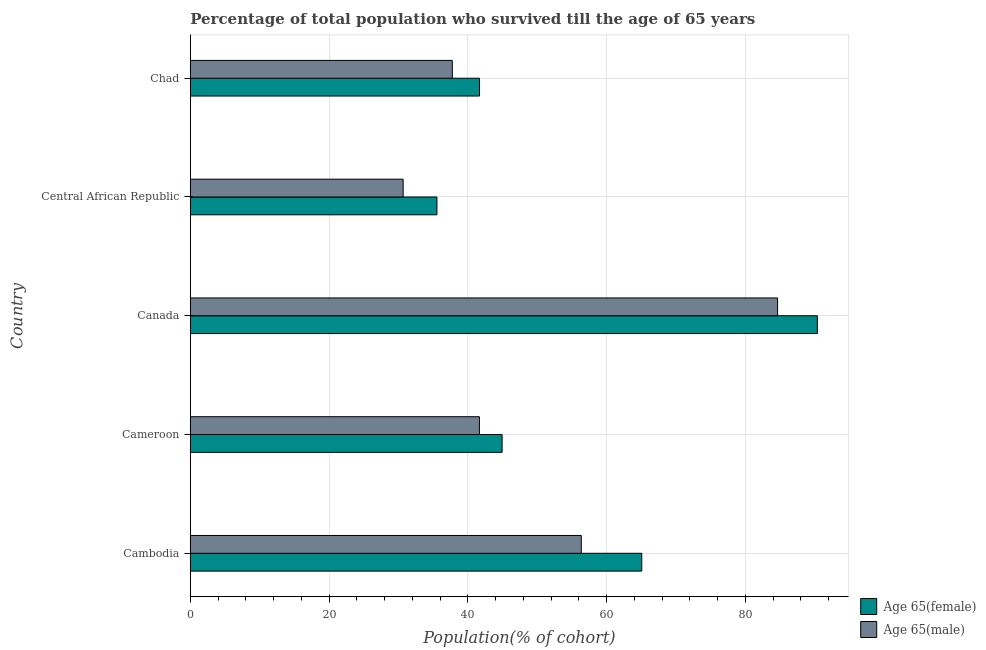
| Country | Age 65(female) | Age 65(male) |
 | --- | --- | --- |
 | Cambodia | 65.1 | 56.3 |
 | Cameroon | 44.9 | 41.7 |
 | Canada | 90.4 | 84.6 |
 | Central African Republic | 35.5 | 30.7 |
 | Chad | 41.7 | 37.8 |